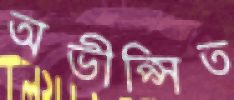
অভীপ্সিত